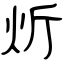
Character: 炘